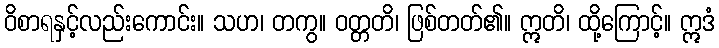
ဝိစာရနှင့်လည်းကောင်း။ သဟ၊ တကွ။ ဝတ္တတိ၊ ဖြစ်တတ်၏။ ဣတိ၊ ထို့ကြောင့်။ ဣဒံ